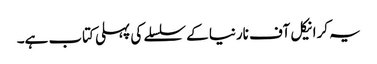
یہ کرانیکل آف نارنیا کے سلسلے کی پہلی کتاب ہے۔